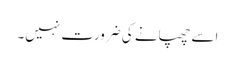
اسے چھپانے کی ضرورت نہیں۔